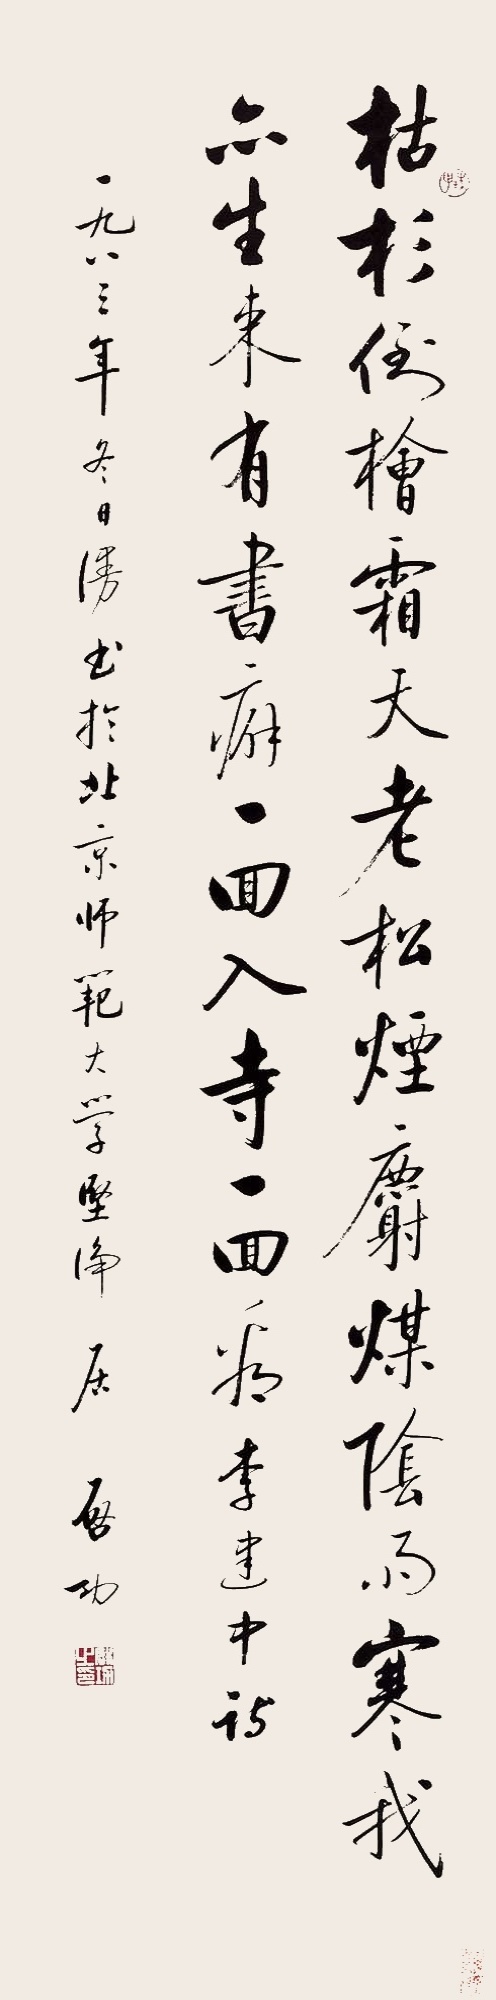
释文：枯杉倒桧霜天老，松烟麝煤阴雨寒。我亦生来有书癖，一回入寺一回看。李建中诗，一九八三年冬日，漫书于北京师范大学，坚净居启功。